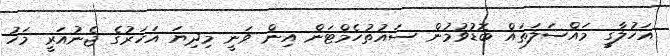
އަހުލާގީ މައްސަލަަތައް ބޮޑުވުމުން ސައުތުހެމްޓަން އިން ވަނީ މިދިޔަ އަހަރުގެ ޖެނުއަރީ މަހު